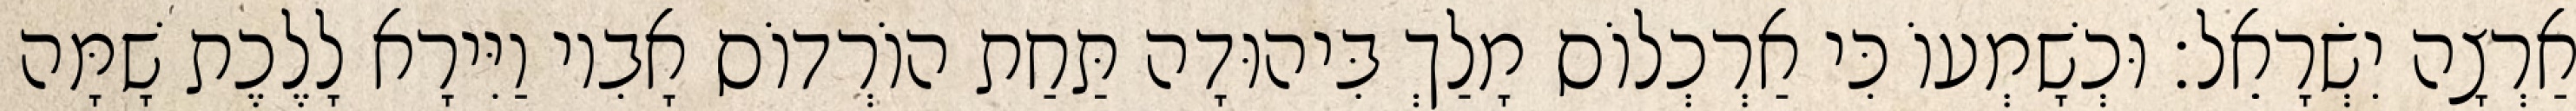
אַרְצָה יִשְׂרָאֵל׃ וּכְשָׁמְעוֹ כִּי אַרְכְלוֹס מָלַךְ בִּיהוּדָה תַּחַת הוֹרְדוֹס אָבִיו וַיִּירָא לָלֶכֶת שָׁמָּה